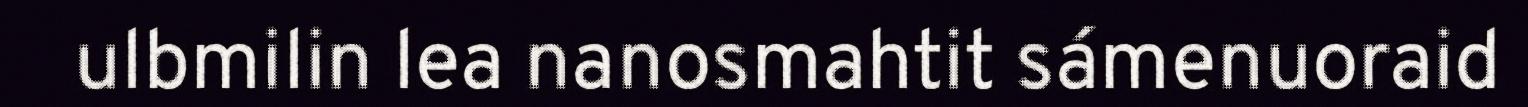
ulbmilin lea nanosmahtit sámenuoraid